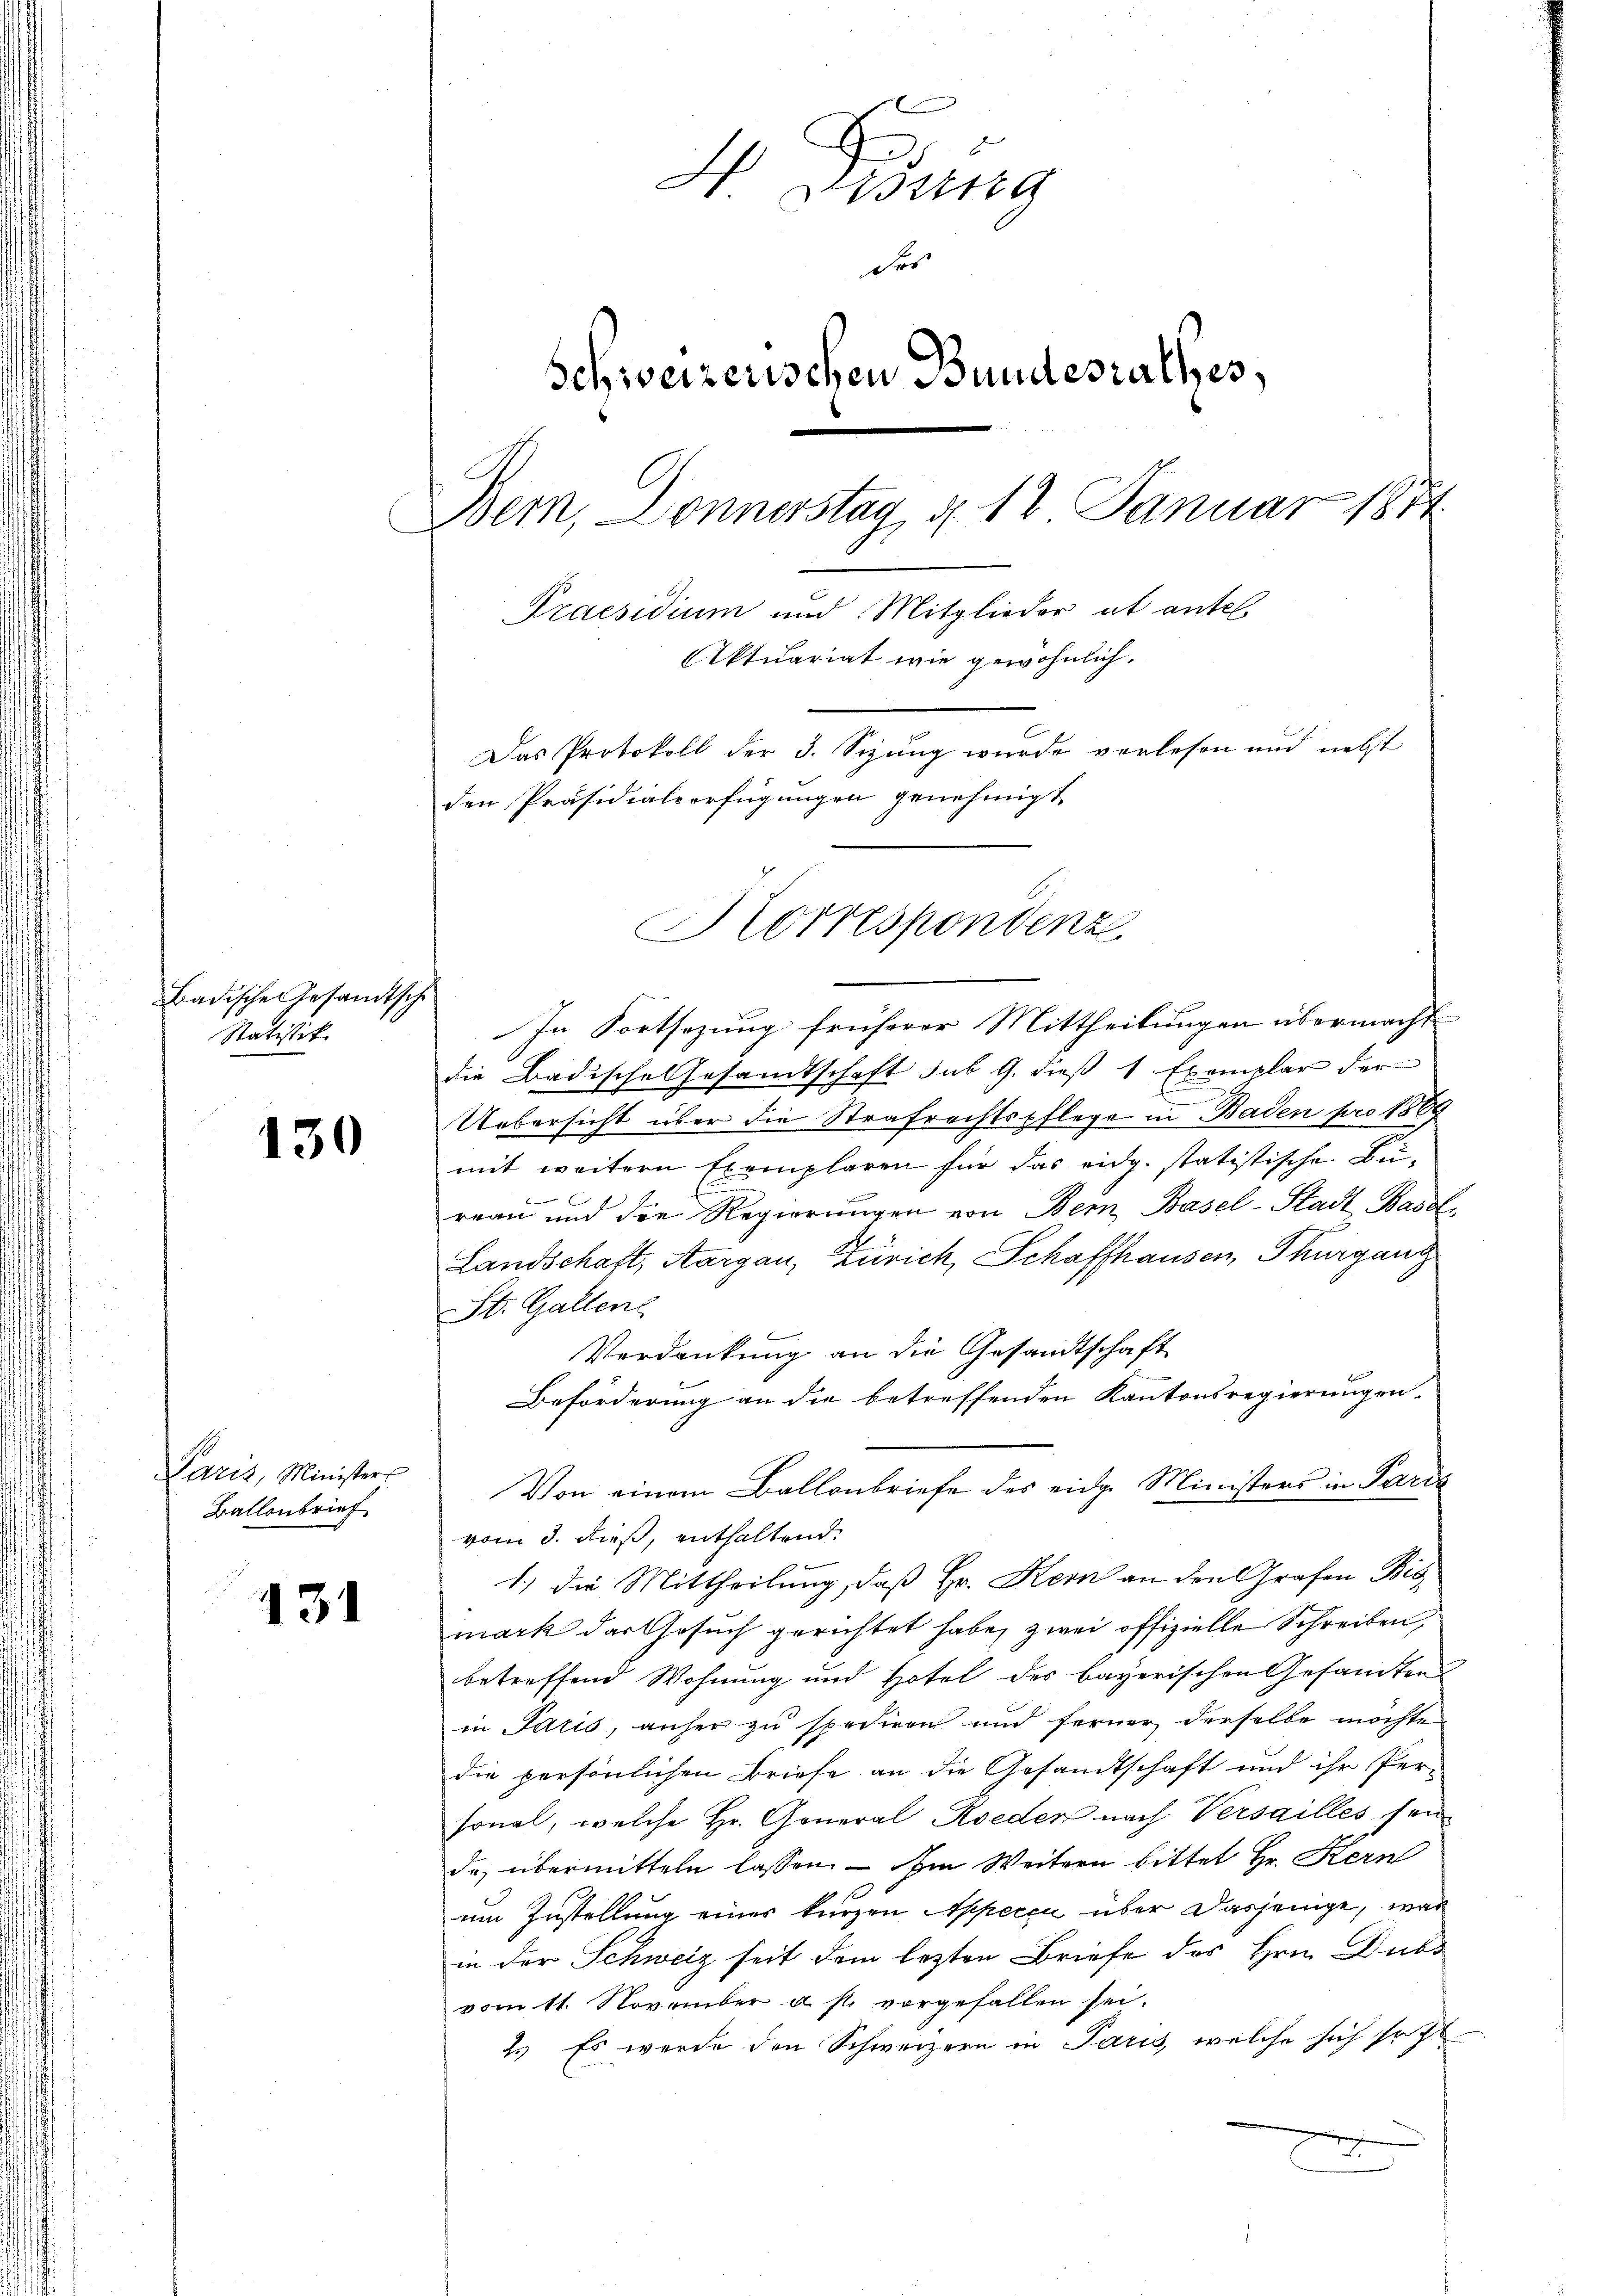
Badische Gesandtsche
Statistik

130

Paris, Ministers
Ballenbrief

131

A
4 Gesung
der
Schweizerischen Bundesrathes,
Bem, Donnerstag, d. 12 Januar 1874
Praesidium und Mitglieder ut antel
Aktuariat wie gewöhnlich,
Das Protokoll der 3. Sizung wurde verlesen und nebst
den Präsidialverfügungen genehmigt.
Korrespondenz

Von einem Ballenbriefe des eidg. Ministers in Paris

In Fortsezung früherer Mittheilungen übermacht
die Badische Gesandtschaft sub 9. dieß 1 Exemplar der
Uebersicht über die Strafrechtspflege in Baden pro 1864
mit weitern Exemplaren für das eidg. statistische Bu¬

reau und die Regierŭngen von Bern, Basel-Stadt Basel,
Landschaft, Aargau, Zürich, Schaffhausen, Thurgang
St. Gallen
Verdankung an die Gesandtschaft
Beförderung an die betreffenden Kantonsregierungen.
vom 3. dieß, enthaltend.
1.) Die Mittheilung, daß Hr. Kern an den Grafen Bis
mark das Gesuch gerichtet habe, zwei offizielle Schreiben,
betreffend Wohnung und Hotel des bayerischen Gesamten
in Paris, anher zu spediren und ferner derselbe möchte
die persönlichen Briefe an die Gesandtschaft und ihr Per-
sonal, welche Hr. General Koeder nach Versailles sein
da, übermitteln lassen. — Im Weitern bittet Hr. Kern
um Zustellung eines kurzen Appecci über dasjenige, was
in der Schweiz seit dem lezten Briefe des Hrn. Dubs
vom 11. November a st. vorgefallen sei.
2.) Es wurde den Schweizern in Paris, welche sich so fl
g